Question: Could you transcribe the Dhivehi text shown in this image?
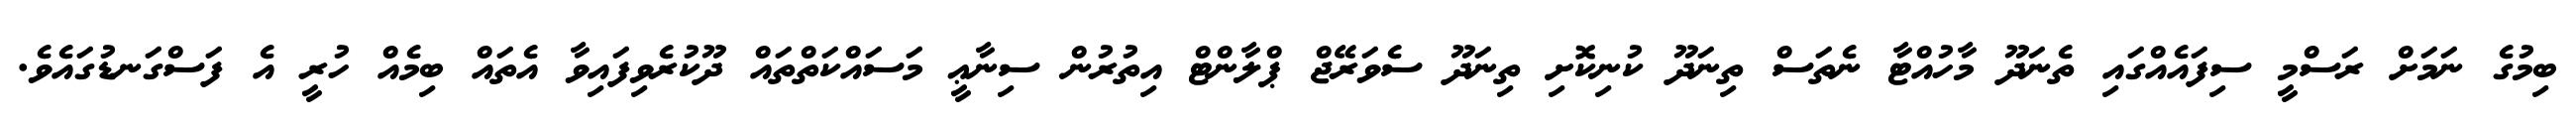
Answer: ބިމުގެ ނަމަށް ރަސްމީ ސިފައެއްގައި ތެނަދޫ މާހުއްޓާ ނެތަސް ތިނަދޫ ކުނިކޮށި ތިނަދޫ ސެވަރޭޖް ޕްލާންޓް އިތުރުން ސިނާޢީ މަސައްކަތްތައް ދޫކުރެވިފައިވާ އެތައް ބިމެއް ހުރީ އެ ފަސްގަނޑުގައެވެ.